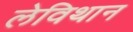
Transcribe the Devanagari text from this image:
लेविथान